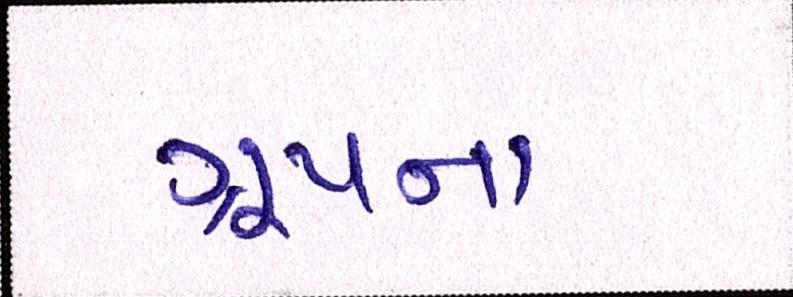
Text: ગ્રૂપના